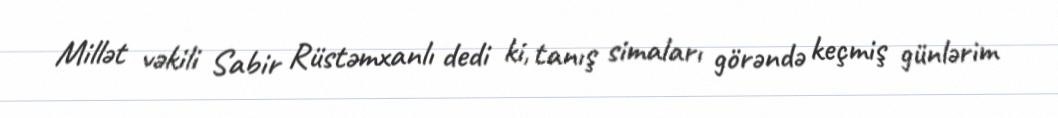
Millət vəkili Sabir Rüstəmxanlı dedi ki, tanış simaları görəndə keçmiş günlərim